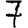
Digit: 7